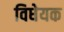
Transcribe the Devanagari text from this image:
विधेयक